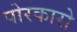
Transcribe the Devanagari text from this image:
पोरकारो